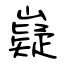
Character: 嶷